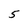
Character: 5